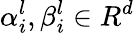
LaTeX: \alpha_{i}^{l},\beta_{i}^{l}\in R^{d}